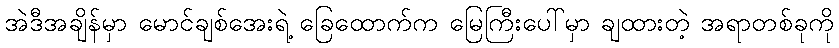
အဲဒီအချိန်မှာ မောင်ချစ်အေးရဲ့ ခြေထောက်က မြေကြီးပေါ်မှာ ချထားတဲ့ အရာတစ်ခုကို